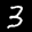
Label: 3